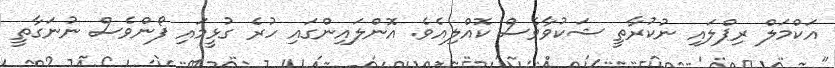
އަކްމަލް ރިޕްލައި ނުކުރާތީ ޝަކުވާވެސް ކޮއްލިއެވެ. އޮންލައިންގައި ހުރެ ގުޅީމައި ފޯންވެސް ނުނަގާތީ